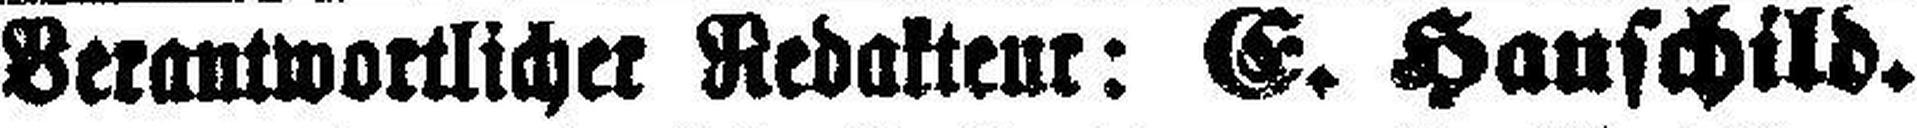
Verantwortlicher Redakteur: G. Hauschild.